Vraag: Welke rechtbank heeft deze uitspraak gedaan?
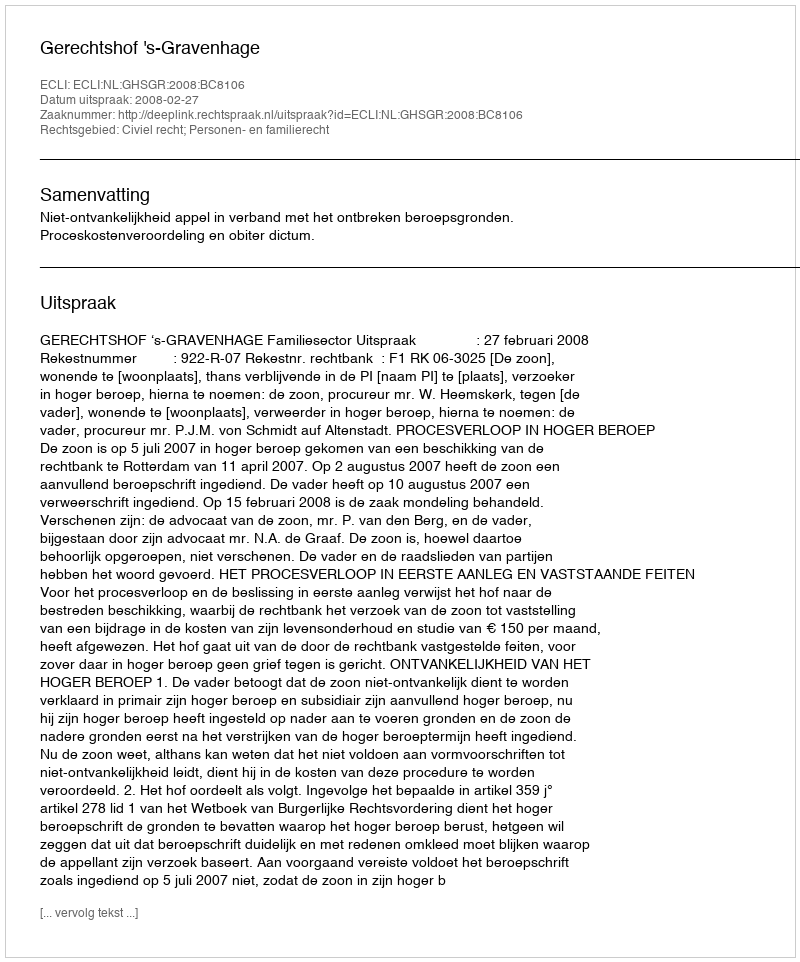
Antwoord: Gerechtshof 's-Gravenhage